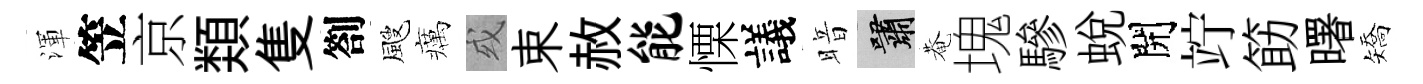
渾笠京𩔖隻劄颼癘或束赦能慄議暗嘯菴塊驂蛻開竚筯曙矯